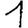
Digit: 1